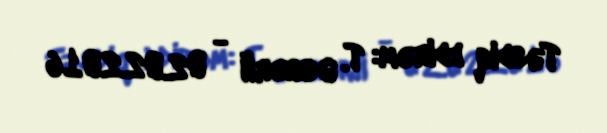
Təsdiq edirəm: T. Əsgərli - 02.02.2016